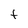
Character: t